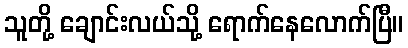
သူတို့ ချောင်းလယ်သို့ ရောက်နေလောက်ပြီ။